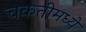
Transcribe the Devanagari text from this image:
चकतीमध्ये